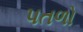
પતળો